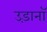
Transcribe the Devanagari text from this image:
उड़ानॉ